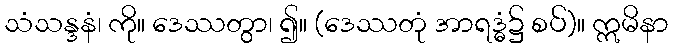
သံသန္ဒနံ၊ ကို။ ဒေဿတွာ၊ ၍။ (ဒေဿတုံ အာရဒ္ဓံ၌ စပ်)။ ဣမိနာ